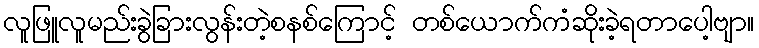
လူဖြူလူမည်းခွဲခြားလွန်းတဲ့စနစ်ကြောင့် တစ်ယောက်ကံဆိုးခဲ့ရတာပေါ့ဗျာ။